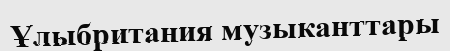
Ұлыбритания музыканттары